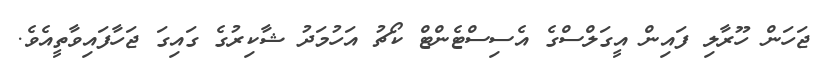
ޖަހަން ހޫރާލި ފައިން އީގަލްސްގެ އެސިސްޓެންޓް ކޯޗު އަހުމަދު ޝާކިރުގެ ގައިގަ ޖަހާފައިވާތީއެވެ.